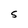
Character: 5